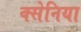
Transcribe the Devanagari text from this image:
क्सेनिया